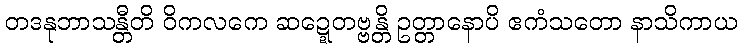
တဒနုဘာသန္တီတိ ဝိကလကေ ဆဍ္ဍေတဗ္ဗန္တိ ဥတ္တာနောပိ ဧကံသတော နာသိကာယ